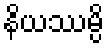
နိယဿမ္ပိ